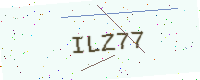
Text: ILZ77